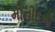
મીનીટનો